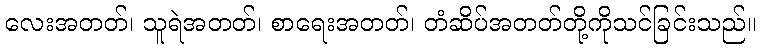
လေးအတတ်၊ သူရဲအတတ်၊ စာရေးအတတ်၊ တံဆိပ်အတတ်တို့ကိုသင်ခြင်းသည်။